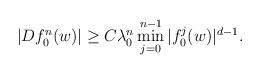
LaTeX: \begin{align*}|Df_0^n(w)|\ge C \lambda_0^n \min_{j=0}^{n-1}|f_0^j(w)|^{d-1}.\end{align*}